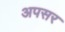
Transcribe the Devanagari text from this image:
अपसर